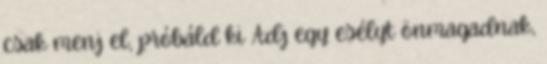
csak menj el, próbáld ki Adj egy esélyt önmagadnak,